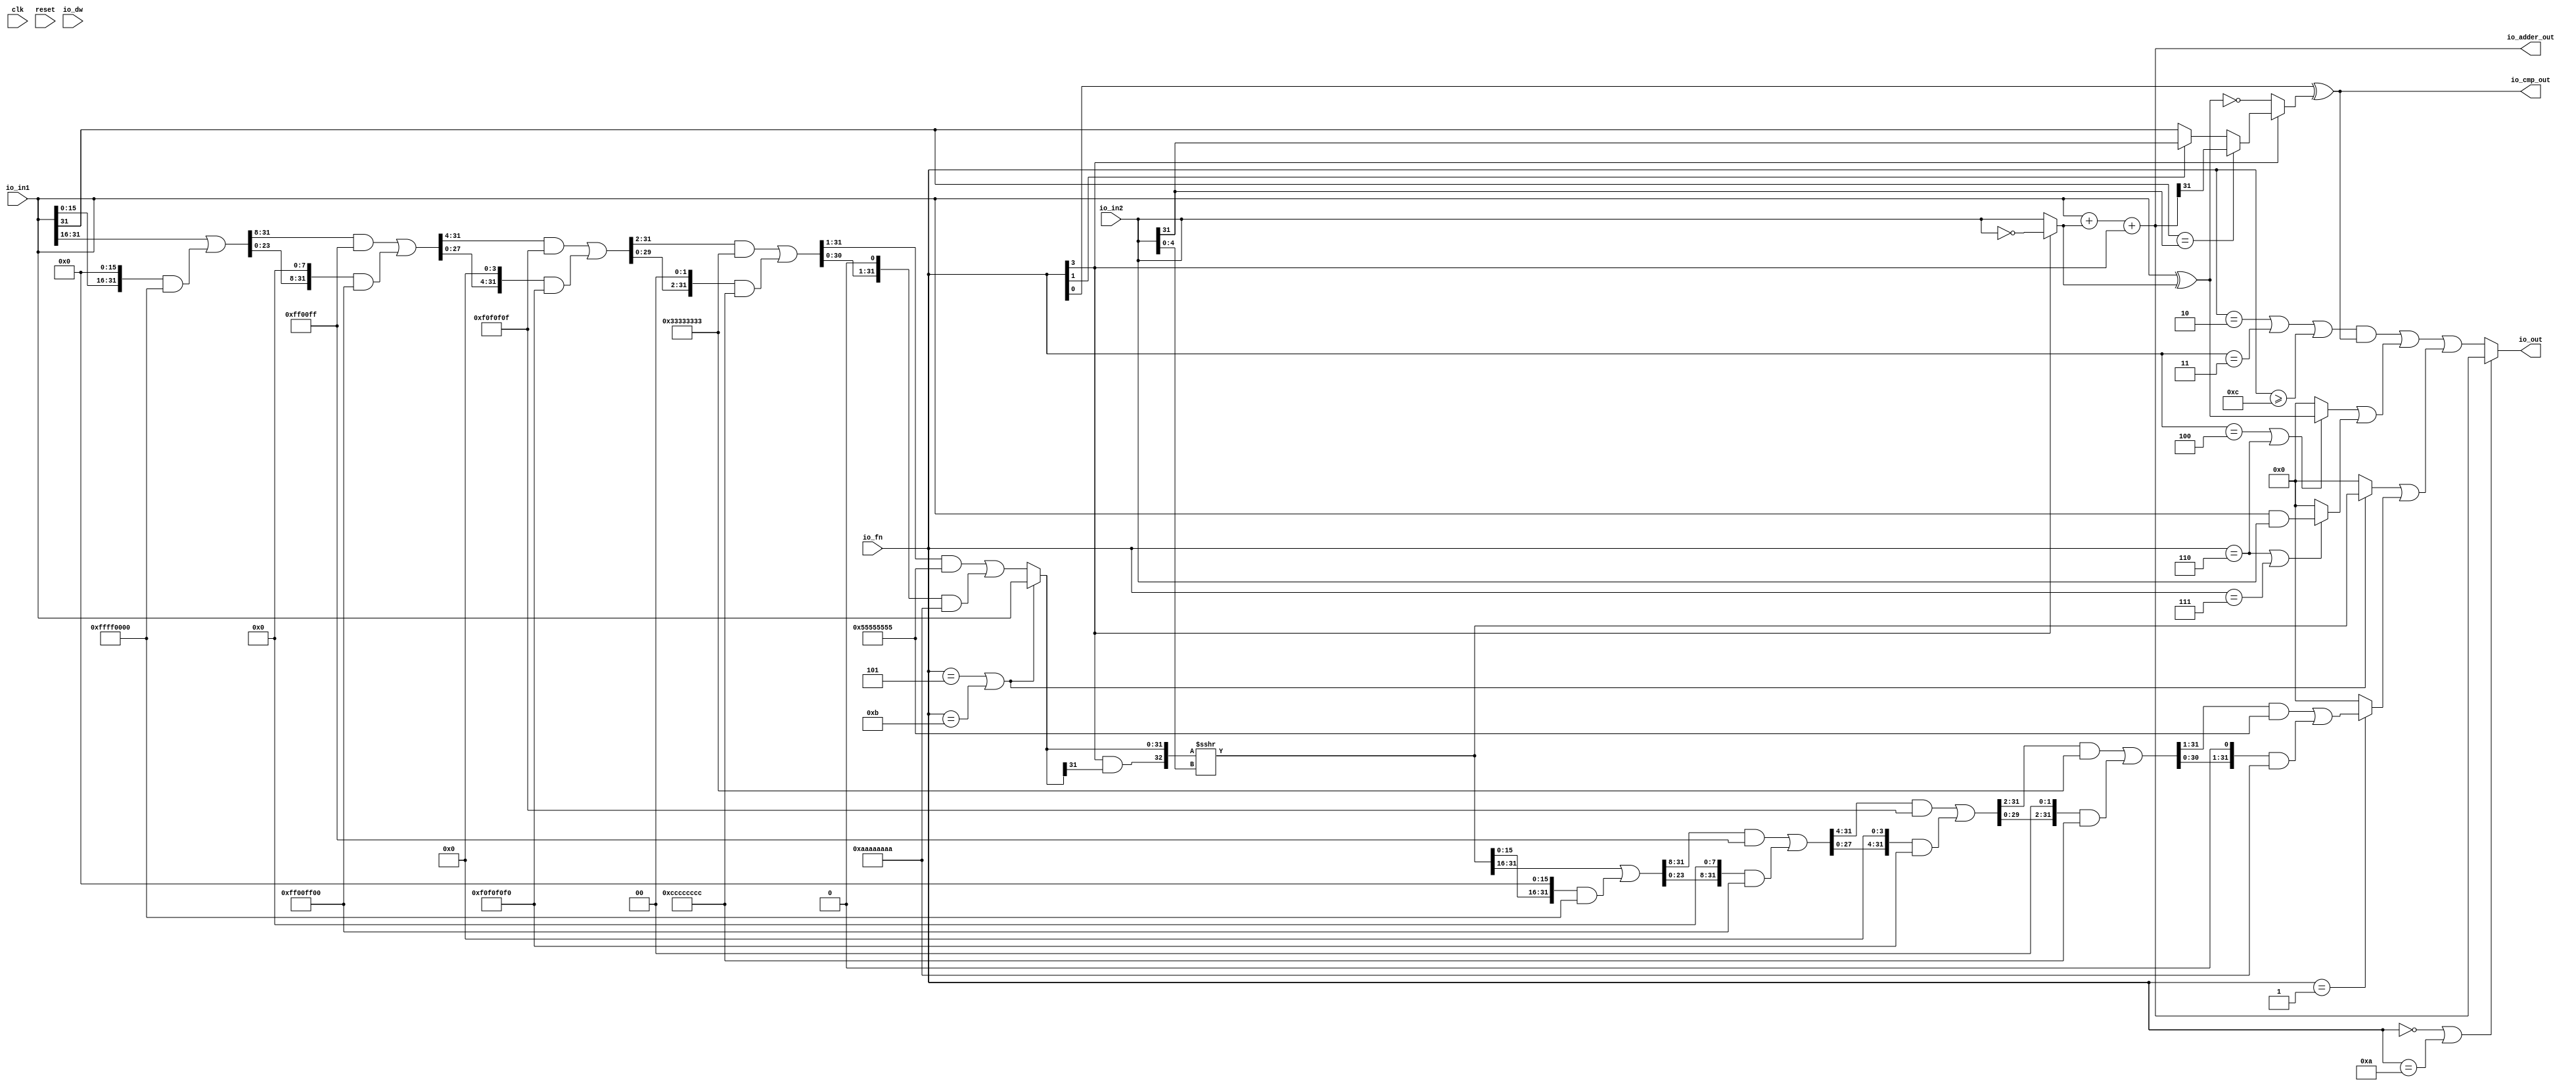
module ALU(
  input   clk,
  input   reset,
  input   io_dw,
  input  [3:0] io_fn,
  input  [31:0] io_in2,
  input  [31:0] io_in1,
  output [31:0] io_out,
  output [31:0] io_adder_out,
  output  io_cmp_out
);
  wire  T_6;
  wire [31:0] T_7;
  wire [31:0] in2_inv;
  wire [31:0] in1_xor_in2;
  wire [32:0] T_8;
  wire [31:0] T_9;
  wire [31:0] GEN_0;
  wire [32:0] T_11;
  wire [31:0] T_12;
  wire  T_13;
  wire  T_16;
  wire  T_18;
  wire  T_19;
  wire  T_20;
  wire  T_21;
  wire  T_22;
  wire  T_23;
  wire  T_26;
  wire  T_27;
  wire  T_28;
  wire  T_29;
  wire [4:0] shamt;
  wire  T_30;
  wire  T_31;
  wire  T_32;
  wire [15:0] T_37;
  wire [31:0] T_38;
  wire [15:0] T_39;
  wire [31:0] GEN_1;
  wire [31:0] T_40;
  wire [31:0] T_42;
  wire [31:0] T_43;
  wire [23:0] T_47;
  wire [31:0] GEN_2;
  wire [31:0] T_48;
  wire [23:0] T_49;
  wire [31:0] GEN_3;
  wire [31:0] T_50;
  wire [31:0] T_52;
  wire [31:0] T_53;
  wire [27:0] T_57;
  wire [31:0] GEN_4;
  wire [31:0] T_58;
  wire [27:0] T_59;
  wire [31:0] GEN_5;
  wire [31:0] T_60;
  wire [31:0] T_62;
  wire [31:0] T_63;
  wire [29:0] T_67;
  wire [31:0] GEN_6;
  wire [31:0] T_68;
  wire [29:0] T_69;
  wire [31:0] GEN_7;
  wire [31:0] T_70;
  wire [31:0] T_72;
  wire [31:0] T_73;
  wire [30:0] T_77;
  wire [31:0] GEN_8;
  wire [31:0] T_78;
  wire [30:0] T_79;
  wire [31:0] GEN_9;
  wire [31:0] T_80;
  wire [31:0] T_82;
  wire [31:0] T_83;
  wire [31:0] shin;
  wire  T_85;
  wire  T_86;
  wire [32:0] T_87;
  wire [32:0] T_88;
  wire [32:0] T_89;
  wire [31:0] shout_r;
  wire [15:0] T_94;
  wire [31:0] T_95;
  wire [15:0] T_96;
  wire [31:0] GEN_10;
  wire [31:0] T_97;
  wire [31:0] T_99;
  wire [31:0] T_100;
  wire [23:0] T_104;
  wire [31:0] GEN_11;
  wire [31:0] T_105;
  wire [23:0] T_106;
  wire [31:0] GEN_12;
  wire [31:0] T_107;
  wire [31:0] T_109;
  wire [31:0] T_110;
  wire [27:0] T_114;
  wire [31:0] GEN_13;
  wire [31:0] T_115;
  wire [27:0] T_116;
  wire [31:0] GEN_14;
  wire [31:0] T_117;
  wire [31:0] T_119;
  wire [31:0] T_120;
  wire [29:0] T_124;
  wire [31:0] GEN_15;
  wire [31:0] T_125;
  wire [29:0] T_126;
  wire [31:0] GEN_16;
  wire [31:0] T_127;
  wire [31:0] T_129;
  wire [31:0] T_130;
  wire [30:0] T_134;
  wire [31:0] GEN_17;
  wire [31:0] T_135;
  wire [30:0] T_136;
  wire [31:0] GEN_18;
  wire [31:0] T_137;
  wire [31:0] T_139;
  wire [31:0] shout_l;
  wire [31:0] T_144;
  wire  T_145;
  wire [31:0] T_147;
  wire [31:0] shout;
  wire  T_148;
  wire  T_149;
  wire  T_150;
  wire [31:0] T_152;
  wire  T_154;
  wire  T_155;
  wire [31:0] T_156;
  wire [31:0] T_158;
  wire [31:0] logic$;
  wire  T_159;
  wire  T_160;
  wire  T_161;
  wire  T_162;
  wire  T_163;
  wire  T_164;
  wire [31:0] GEN_19;
  wire [31:0] T_165;
  wire [31:0] shift_logic;
  wire  T_166;
  wire  T_167;
  wire  T_168;
  wire [31:0] out;
  assign io_out = out;
  assign io_adder_out = T_12;
  assign io_cmp_out = T_29;
  assign T_6 = io_fn[3];
  assign T_7 = ~ io_in2;
  assign in2_inv = T_6 ? T_7 : io_in2;
  assign in1_xor_in2 = io_in1 ^ in2_inv;
  assign T_8 = io_in1 + in2_inv;
  assign T_9 = T_8[31:0];
  assign GEN_0 = {{31'd0}, T_6};
  assign T_11 = T_9 + GEN_0;
  assign T_12 = T_11[31:0];
  assign T_13 = io_fn[0];
  assign T_16 = T_6 == 1'h0;
  assign T_18 = in1_xor_in2 == 32'h0;
  assign T_19 = io_in1[31];
  assign T_20 = io_in2[31];
  assign T_21 = T_19 == T_20;
  assign T_22 = io_adder_out[31];
  assign T_23 = io_fn[1];
  assign T_26 = T_23 ? T_20 : T_19;
  assign T_27 = T_21 ? T_22 : T_26;
  assign T_28 = T_16 ? T_18 : T_27;
  assign T_29 = T_13 ^ T_28;
  assign shamt = io_in2[4:0];
  assign T_30 = io_fn == 4'h5;
  assign T_31 = io_fn == 4'hb;
  assign T_32 = T_30 | T_31;
  assign T_37 = io_in1[31:16];
  assign T_38 = {{16'd0}, T_37};
  assign T_39 = io_in1[15:0];
  assign GEN_1 = {{16'd0}, T_39};
  assign T_40 = GEN_1 << 16;
  assign T_42 = T_40 & 32'hffff0000;
  assign T_43 = T_38 | T_42;
  assign T_47 = T_43[31:8];
  assign GEN_2 = {{8'd0}, T_47};
  assign T_48 = GEN_2 & 32'hff00ff;
  assign T_49 = T_43[23:0];
  assign GEN_3 = {{8'd0}, T_49};
  assign T_50 = GEN_3 << 8;
  assign T_52 = T_50 & 32'hff00ff00;
  assign T_53 = T_48 | T_52;
  assign T_57 = T_53[31:4];
  assign GEN_4 = {{4'd0}, T_57};
  assign T_58 = GEN_4 & 32'hf0f0f0f;
  assign T_59 = T_53[27:0];
  assign GEN_5 = {{4'd0}, T_59};
  assign T_60 = GEN_5 << 4;
  assign T_62 = T_60 & 32'hf0f0f0f0;
  assign T_63 = T_58 | T_62;
  assign T_67 = T_63[31:2];
  assign GEN_6 = {{2'd0}, T_67};
  assign T_68 = GEN_6 & 32'h33333333;
  assign T_69 = T_63[29:0];
  assign GEN_7 = {{2'd0}, T_69};
  assign T_70 = GEN_7 << 2;
  assign T_72 = T_70 & 32'hcccccccc;
  assign T_73 = T_68 | T_72;
  assign T_77 = T_73[31:1];
  assign GEN_8 = {{1'd0}, T_77};
  assign T_78 = GEN_8 & 32'h55555555;
  assign T_79 = T_73[30:0];
  assign GEN_9 = {{1'd0}, T_79};
  assign T_80 = GEN_9 << 1;
  assign T_82 = T_80 & 32'haaaaaaaa;
  assign T_83 = T_78 | T_82;
  assign shin = T_32 ? io_in1 : T_83;
  assign T_85 = shin[31];
  assign T_86 = T_6 & T_85;
  assign T_87 = {T_86,shin};
  assign T_88 = $signed(T_87);
  assign T_89 = $signed(T_88) >>> shamt;
  assign shout_r = T_89[31:0];
  assign T_94 = shout_r[31:16];
  assign T_95 = {{16'd0}, T_94};
  assign T_96 = shout_r[15:0];
  assign GEN_10 = {{16'd0}, T_96};
  assign T_97 = GEN_10 << 16;
  assign T_99 = T_97 & 32'hffff0000;
  assign T_100 = T_95 | T_99;
  assign T_104 = T_100[31:8];
  assign GEN_11 = {{8'd0}, T_104};
  assign T_105 = GEN_11 & 32'hff00ff;
  assign T_106 = T_100[23:0];
  assign GEN_12 = {{8'd0}, T_106};
  assign T_107 = GEN_12 << 8;
  assign T_109 = T_107 & 32'hff00ff00;
  assign T_110 = T_105 | T_109;
  assign T_114 = T_110[31:4];
  assign GEN_13 = {{4'd0}, T_114};
  assign T_115 = GEN_13 & 32'hf0f0f0f;
  assign T_116 = T_110[27:0];
  assign GEN_14 = {{4'd0}, T_116};
  assign T_117 = GEN_14 << 4;
  assign T_119 = T_117 & 32'hf0f0f0f0;
  assign T_120 = T_115 | T_119;
  assign T_124 = T_120[31:2];
  assign GEN_15 = {{2'd0}, T_124};
  assign T_125 = GEN_15 & 32'h33333333;
  assign T_126 = T_120[29:0];
  assign GEN_16 = {{2'd0}, T_126};
  assign T_127 = GEN_16 << 2;
  assign T_129 = T_127 & 32'hcccccccc;
  assign T_130 = T_125 | T_129;
  assign T_134 = T_130[31:1];
  assign GEN_17 = {{1'd0}, T_134};
  assign T_135 = GEN_17 & 32'h55555555;
  assign T_136 = T_130[30:0];
  assign GEN_18 = {{1'd0}, T_136};
  assign T_137 = GEN_18 << 1;
  assign T_139 = T_137 & 32'haaaaaaaa;
  assign shout_l = T_135 | T_139;
  assign T_144 = T_32 ? shout_r : 32'h0;
  assign T_145 = io_fn == 4'h1;
  assign T_147 = T_145 ? shout_l : 32'h0;
  assign shout = T_144 | T_147;
  assign T_148 = io_fn == 4'h4;
  assign T_149 = io_fn == 4'h6;
  assign T_150 = T_148 | T_149;
  assign T_152 = T_150 ? in1_xor_in2 : 32'h0;
  assign T_154 = io_fn == 4'h7;
  assign T_155 = T_149 | T_154;
  assign T_156 = io_in1 & io_in2;
  assign T_158 = T_155 ? T_156 : 32'h0;
  assign logic$ = T_152 | T_158;
  assign T_159 = io_fn == 4'h2;
  assign T_160 = io_fn == 4'h3;
  assign T_161 = T_159 | T_160;
  assign T_162 = io_fn >= 4'hc;
  assign T_163 = T_161 | T_162;
  assign T_164 = T_163 & io_cmp_out;
  assign GEN_19 = {{31'd0}, T_164};
  assign T_165 = GEN_19 | logic$;
  assign shift_logic = T_165 | shout;
  assign T_166 = io_fn == 4'h0;
  assign T_167 = io_fn == 4'ha;
  assign T_168 = T_166 | T_167;
  assign out = T_168 ? io_adder_out : shift_logic;
endmodule